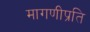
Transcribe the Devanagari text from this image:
मागणीप्रति